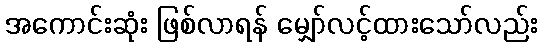
အကောင်းဆုံး ဖြစ်လာရန် မျှော်လင့်ထားသော်လည်း